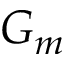
G _ { m }